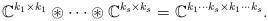
LaTeX: \begin{align*}\mathbb{C}^{k_1 \times k_1} \circledast \dots \circledast \mathbb{C}^{k_s \times k_s} = \mathbb{C}^{k_1\cdots k_s \times k_1 \cdots k_s}.\end{align*}